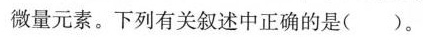
微量元素。下列有关叙述中正确的是()。